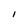
Character: I